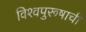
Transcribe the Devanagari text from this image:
विश्‍वपुरूषाची